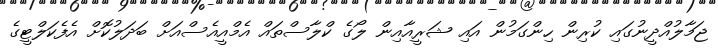
ޖަމާލުއްދީނުގައި ކުރިން ހިންގަމުން އައި ޝަރީއާއިން ލޯގެ ކްލާސްތައް އެމްއީއެސްއަށް ބަދަލުކޮށް އެފެކަލްޓީގެ